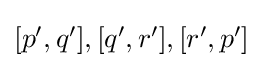
{\textstyle [p',q'],[q',r'],[r',p']}